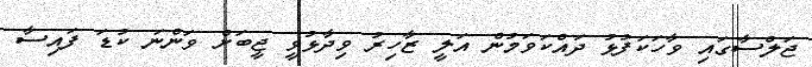
ޖަލްސާގައި ވާހަކަފުޅު ދައްކަވަމުން އަލީ ޒާހިރު ވިދާޅުވީ ޖީބަށް ވަންނަ ކުޑަ ފައިސާ